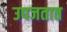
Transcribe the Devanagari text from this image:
उपजतात